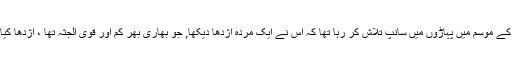
ایک دفعہ سخت سردی کے موسم میں پہاڑوں میں سانپ تلاش کر رہا تھا کہ اس نے ایک مردہ اژدھا دیکھا, جو بھاری بھر کم اور قوی الجثہ تھا ، اژدھا کیا تھا ستون کا ستون تھا ۔